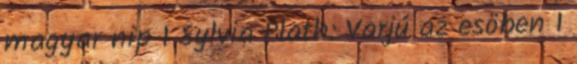
magyar nip 1 Sylvia Plath: Varjú az esöben 1